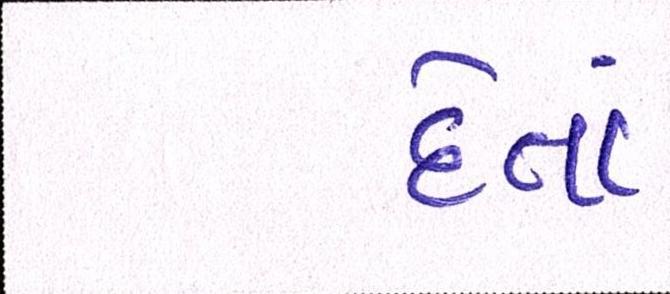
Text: દેતાં